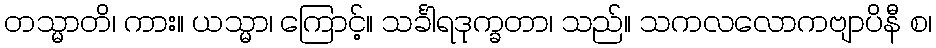
တသ္မာတိ၊ ကား။ ယသ္မာ၊ ကြောင့်။ သင်္ခါရဒုက္ခတာ၊ သည်။ သကလလောကဗျာပိနီ စ၊